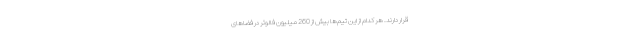
قرار دارند. هر کدام از این تیم‌ها بیش از 260 میلیون فالوئر در فضاهای